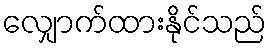
လျှောက်ထားနိုင်သည်